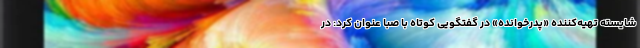
شایسته تهیه‌کننده «پدرخوانده» در گفتگویی کوتاه با صبا عنوان کرد: در